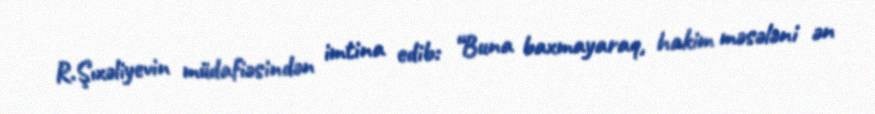
R.Şıxəliyevin müdafiəsindən imtina edib: “Buna baxmayaraq, hakim məsələni ən